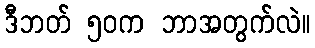
ဒီဘတ် ၅၀က ဘာအတွက်လဲ။